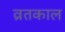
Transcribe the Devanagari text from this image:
व्रतकाल